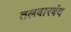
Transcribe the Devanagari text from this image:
तलवारबंद